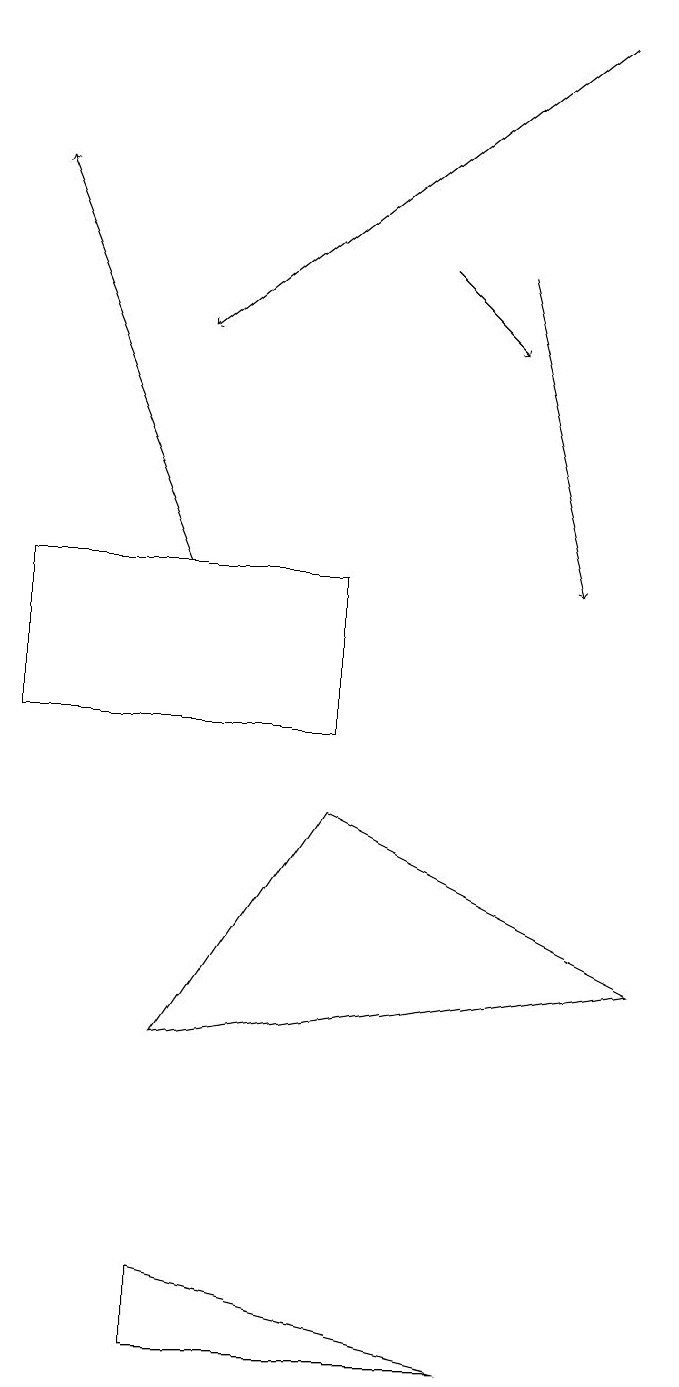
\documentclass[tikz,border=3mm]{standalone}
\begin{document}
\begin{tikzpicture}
\draw[->] (3,12) -- (1,17);
\draw (5,10) rectangle (1,12);
\draw[->] (8,19) -- (3,15);
\draw (9,7) -- (3,6) -- (5,9) -- cycle;
\draw[->] (7,16) -- (8,12);
\draw (3,3) -- (3,2) -- (7,2) -- cycle;
\draw[->] (6,16) -- (7,15);
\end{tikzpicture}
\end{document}